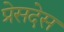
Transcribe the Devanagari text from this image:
प्रेसदेस